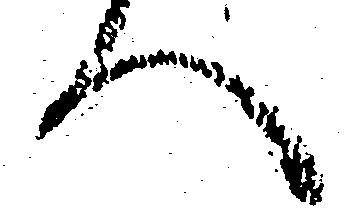
へ